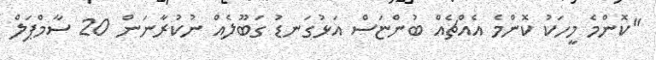
"ކޮންމެ މީހަކު ކޮންމެ އެއްޗެއް ބުންޏަސް އަޅުގަނޑު ގަބޫލެއް ނުކުރާނަން 20 ސާމްޕަލް